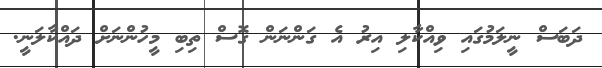
ދަބަސް ނީލަމުގައި ވިއްކާލި އިރު އެ ގަންނަން ގޮސް ތިބި މީހުންނަށް ދައްކާލަނީ.